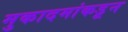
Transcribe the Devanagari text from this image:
मुकादमांकडून